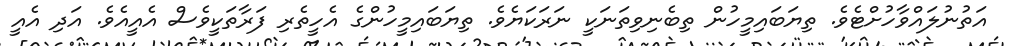
އަތުނުލައްވާހުށްޓެވެ. ތިޔަބައިމީހުން ތިބެނިވިތަނަކީ ނަރަކަޔެވެ. ތިޔަބައިމީހުންގެ އެހީތެރި ފަރާތަކީވެސް އެއީއެވެ. އަދި އެއީ